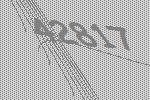
42817